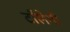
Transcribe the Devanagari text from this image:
टाँलेमी